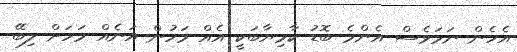
އެހެން ނަމަވެސް އެންމެ ބޮޑު ކާމިޔާބަކީ އެއް މަހުން އަނެއް މަހަށް ލިބޭ